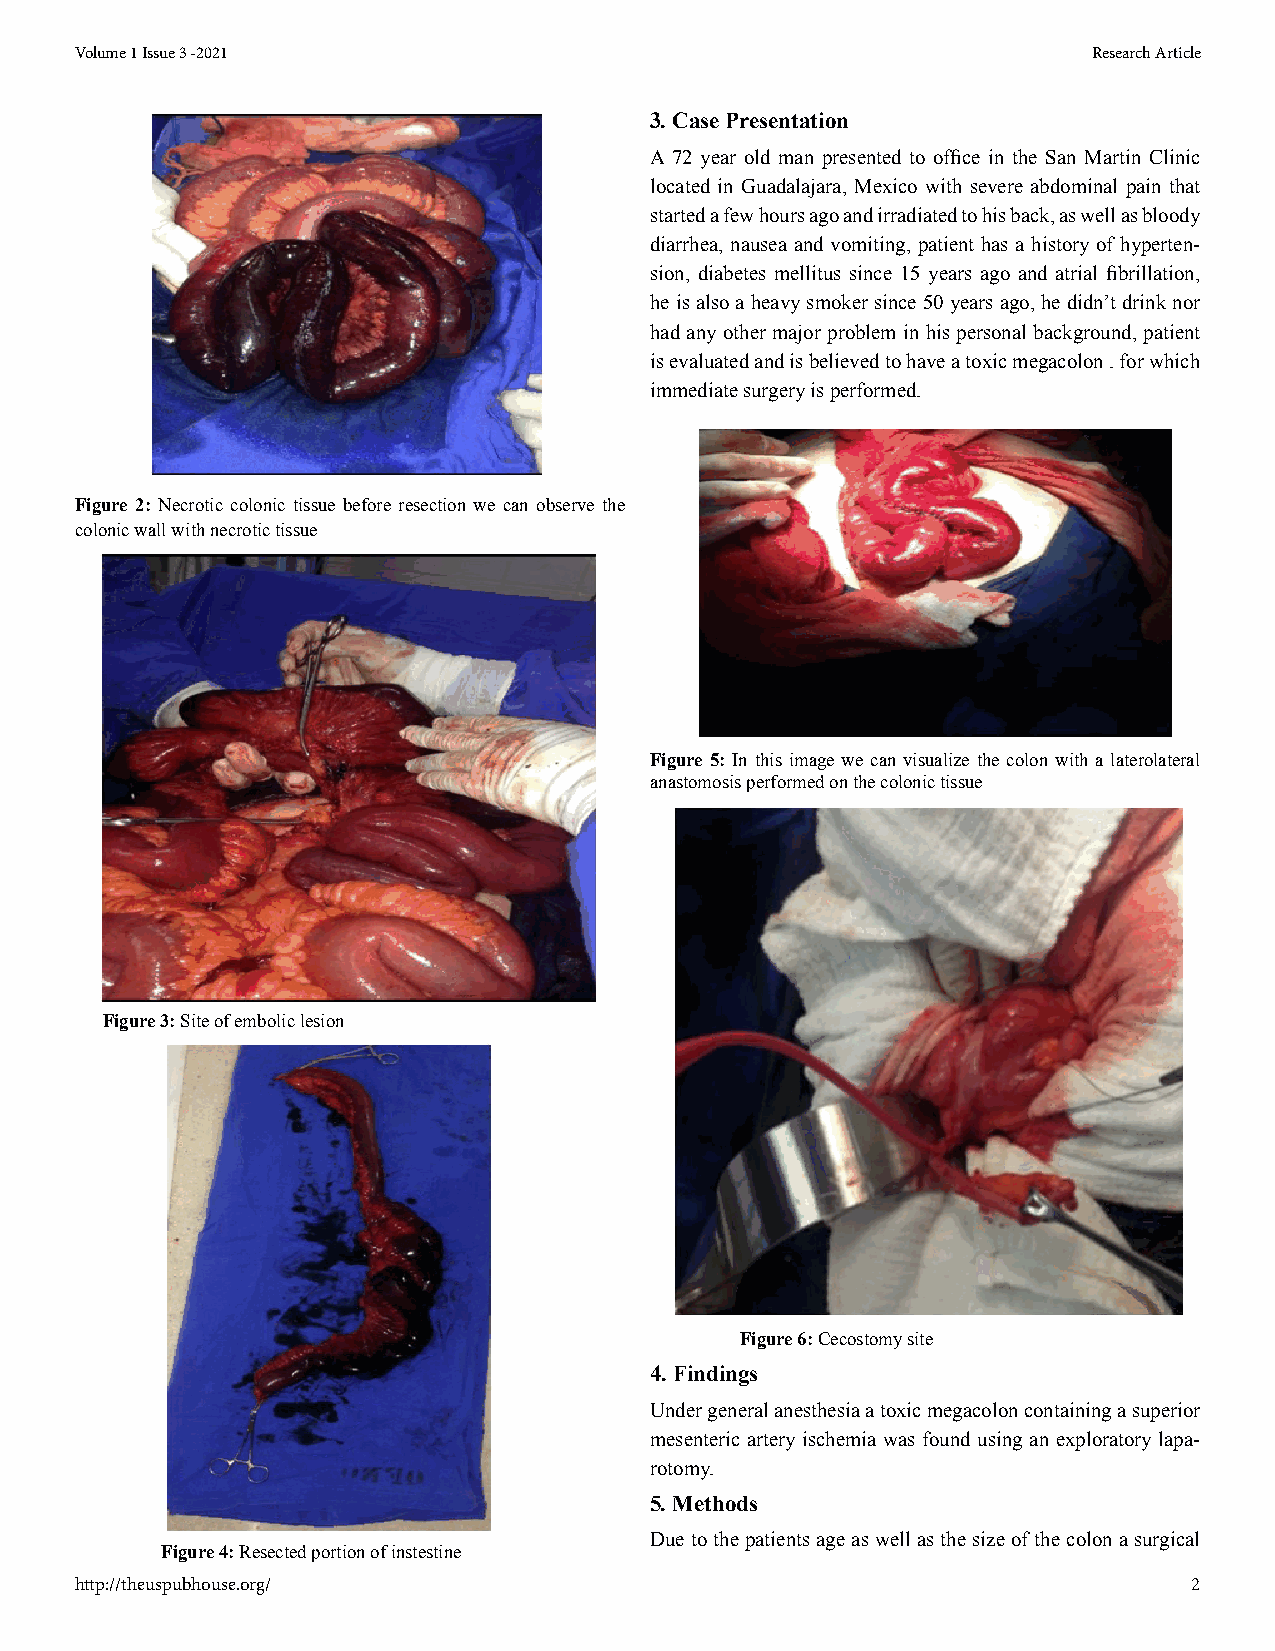
Volume 1 Issue 3 -2021                                             Research Article
 3. Case Presentation
 A 72 year old man presented to office in the San Martin Clinic
 located in Guadalajara, Mexico with severe abdominal pain that
 started a few hours ago and irradiated to his back, as well as bloody
 diarrhea, nausea and vomiting, patient has a history of hyperten-
 sion, diabetes mellitus since 15 years ago and atrial fibrillation,
 he is also a heavy smoker since 50 years ago, he didn’t drink nor
 had any other major problem in his personal background, patient
 is evaluated and is believed to have a toxic megacolon . for which
 immediate surgery is performed.
 Figure 2: Necrotic colonic tissue before resection we can observe the
 colonic wall with necrotic tissue
 Figure 5: In this image we can visualize the colon with a laterolateral
 anastomosis performed on the colonic tissue
 Figure 3: Site of embolic lesion
 Figure 6: Cecostomy site
 4. Findings
 Under general anesthesia a toxic megacolon containing a superior
 mesenteric artery ischemia was found using an exploratory lapa-
 rotomy.
 5. Methods
 Due to the patients age as well as the size of the colon a surgical
 Figure 4: Resected portion of instestine
 http://theuspubhouse.org/                                                 2